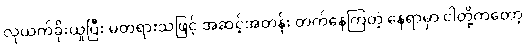
လုယက်ခိုးယူပြီး မတရားသဖြင့် အဆင့်အတန်း တက်နေကြတဲ့ နေရာမှာ ငါတို့ကတော့